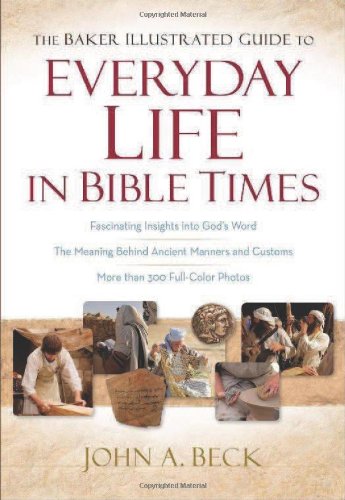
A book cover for The Baker Illustrated Guide to Everyday Life in Bible Times; John A. Beck; Christian Books & Bibles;